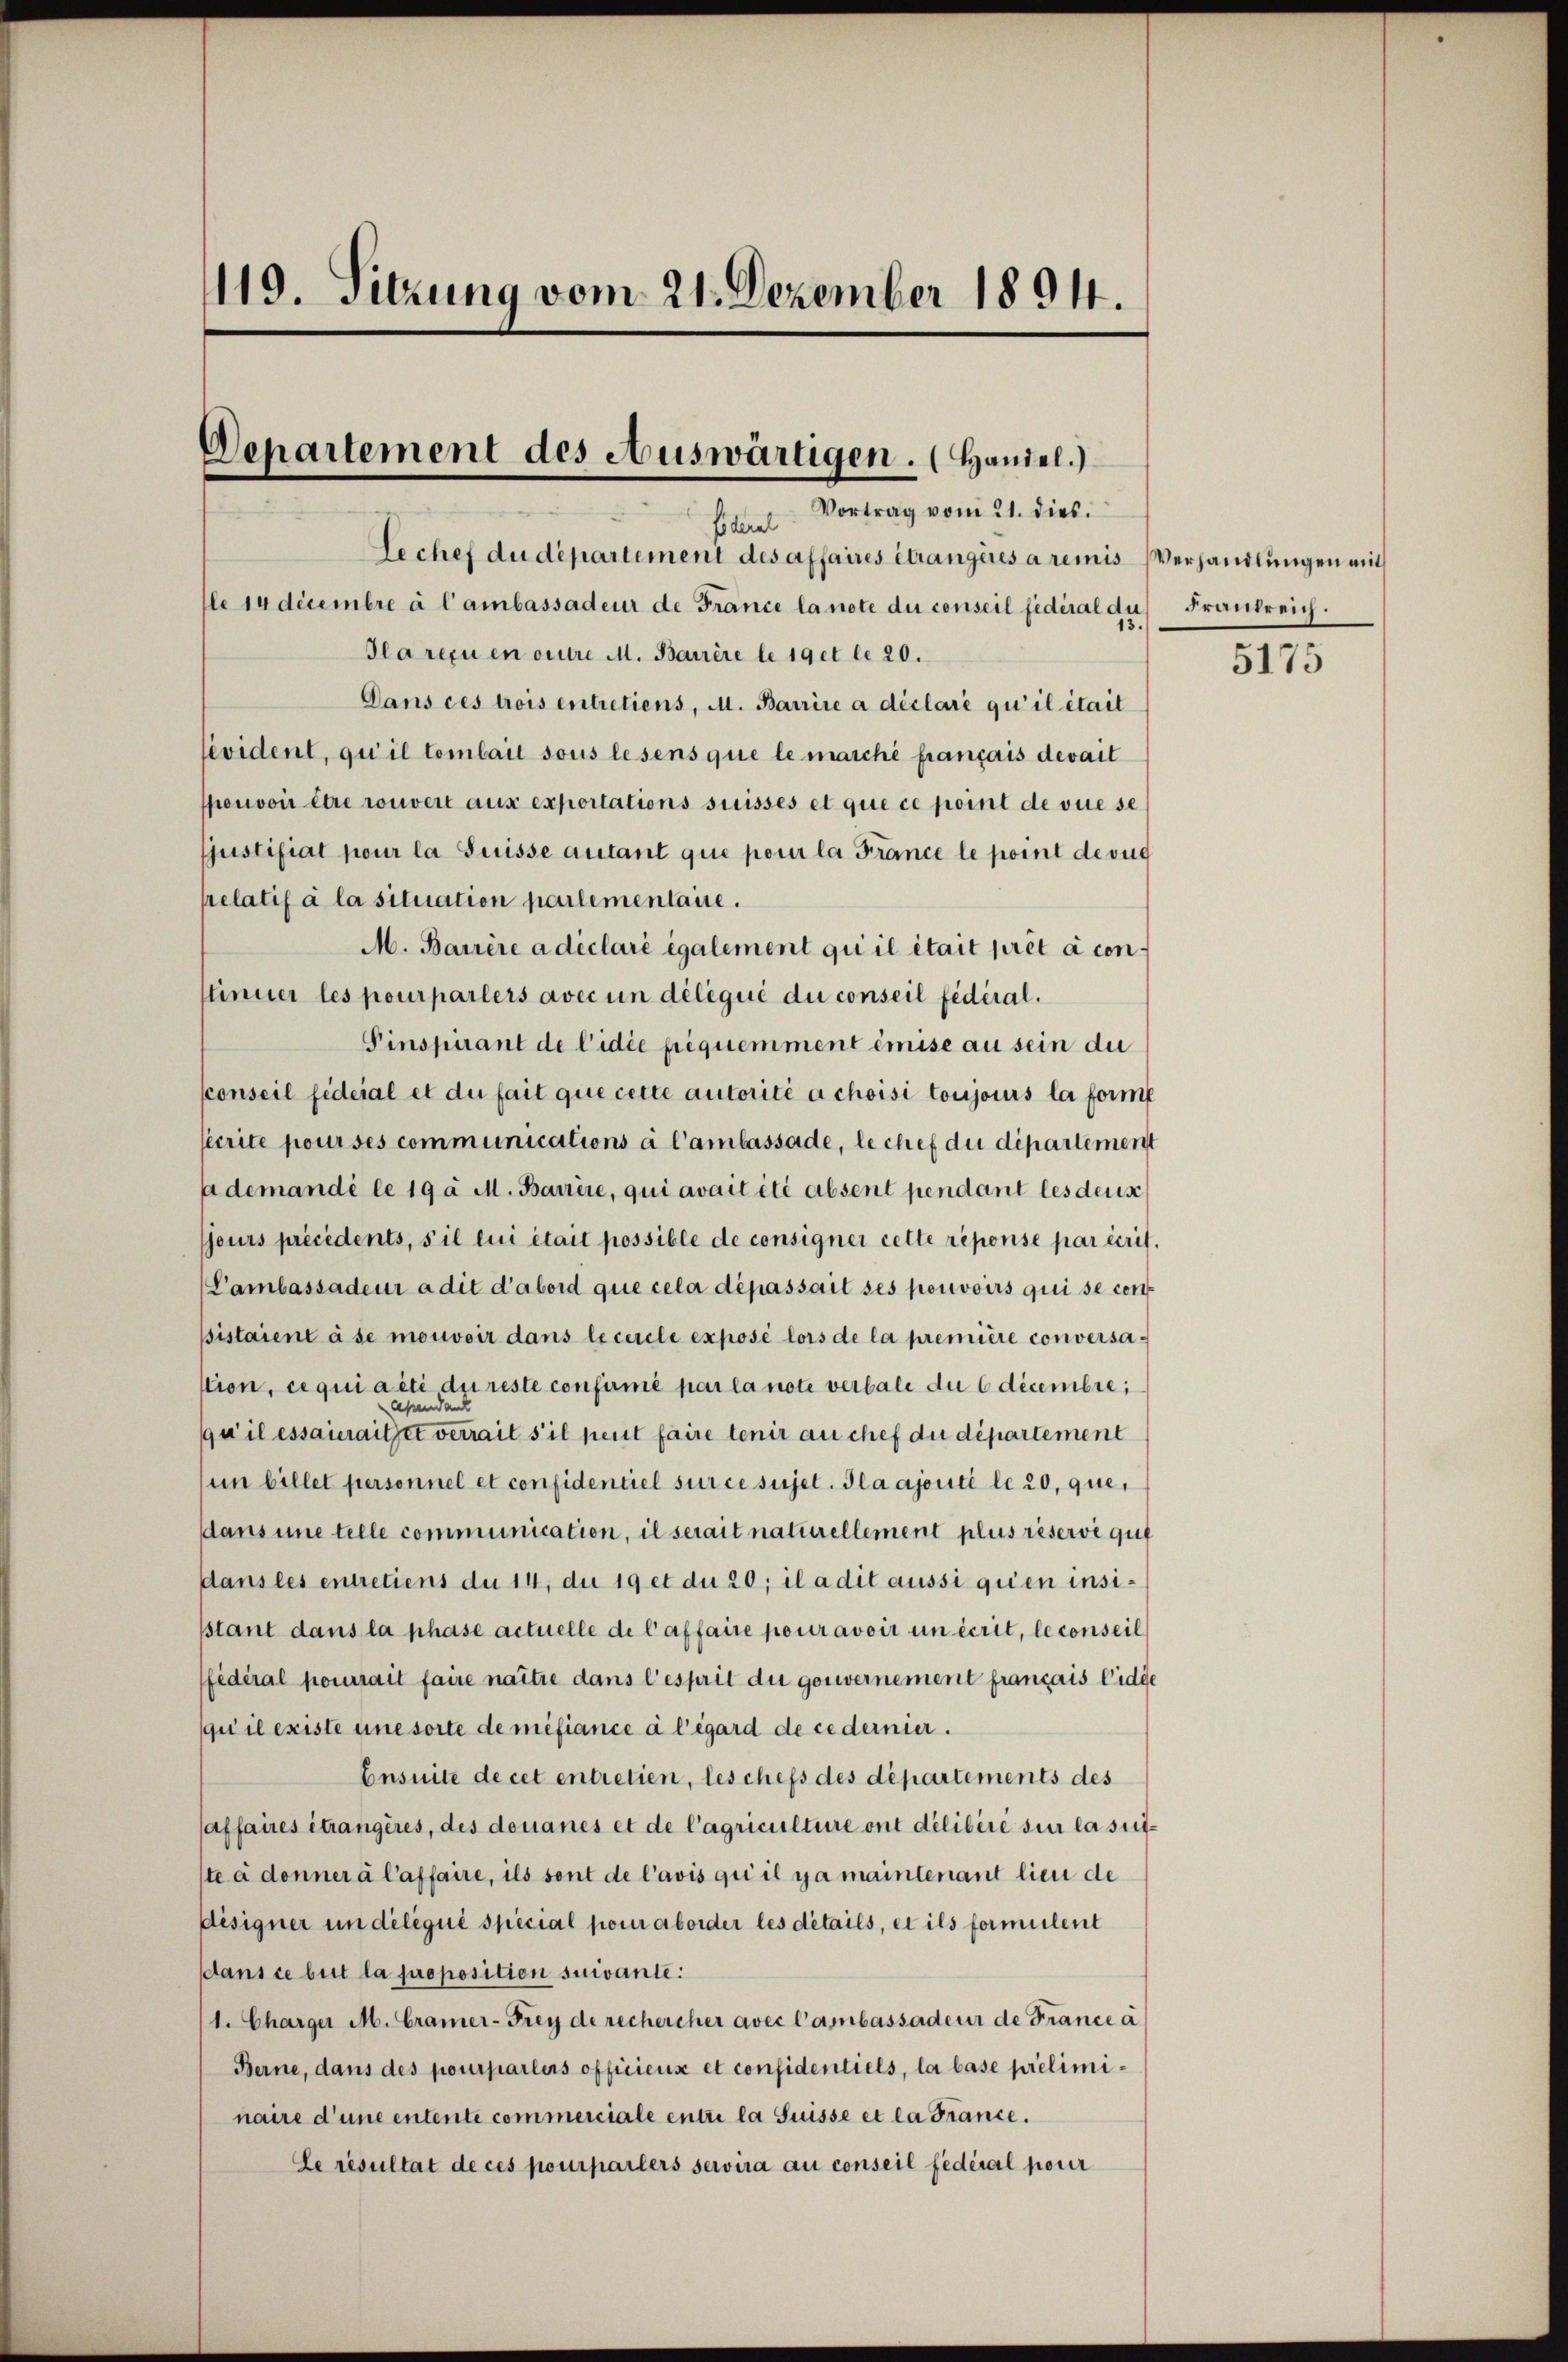
119. Sitzung vom 21. Dezember 1894.

Departement des Auswärtigen. (Handel.)

Vortrag vom 21. dies
fiderel
Lechef du département des affaires étrangeres a remis Verhandlungen mit
le in decembre à l’ambassadeur de France langte du conseil fédéral du
Gla reçu en outre M. Barrère le 19 et le 20.
Dans ces trois entretiens, M. Barrire à déclaré qu’il étail
évident, qu’il tombait sous lesens que le marche français devait
pouvoir être rouvert aus exportations suisses et que ce point de vue se
justifiat pour la Suisse autant que pour la France le point de suc
relatif à la situation partementaire.
M. Barrère a déclaré également qui il était preta con
stinuer les pourparlers avec un délégué du conseil fédéral.
Pinspirant de lidie priquemment émise au sein du
sconseil fideial et du fait que cette autorité a choisi toujours la forme
ecrite pourses communications à l’ambassade, le chef die dipartement
sa demandé le 19 a M. Barrire, qui avait été absent pendant les dens
jours précédents, s’il lui était possible de consigner cette réponse par écrit.
Vambassadeur a dit d’abord que cela dépassait ses pouvoirs qui se con
sistaient à se mouvoir dans lecercle exposé lors de la première conversaktion, ce qui aiti, die reste confirmé par la note verbale du 6 decembre
ape
qu’il essaueraitzet verrait s’il peut faire tenir au chef du département
im billet personnel et confidentiel sur ce sujet. Ila ajouté le 20, que,
dans une telle communication, il serait naturellement plus réserve gut
dans les entretiens du 14, du 19 et du 20; il a dit aussi quien insisstant dans la phase actuelle de l’affaire pour avoir un écrit, le conseil
fédéral pourrait faire naître dans l’esprit du gouvernement français Eidge
qui il existe une sorte de méfiance à l’égard de cedernier.
Ensuite de cet entretien, les chefs des départements des
affaires étrangères, des donanes et de l’agriculture ont délibéré sur la suite à denner à l’affaire, ils sont de l’avis qui il ya maintenant lieu de
designer un deliqué spécial pour aborder les details, et ils formulent
dans ce beit la proposition suivante.
1. Charger M. Cramer-Frey de rechercher avec l’ambassadeur de France à
Berne, dans des pourparlers officiens et considentiels, la base préliminaire d’une entente commerciale entre la Suisse et ca France.
Le resultat de ces pourparlers servira au conseil fédéral pour

Frankreich.

5175